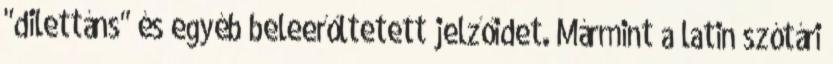
"dilettáns" és egyéb beleerőltetett jelzőidet. Mármint a latin szótári